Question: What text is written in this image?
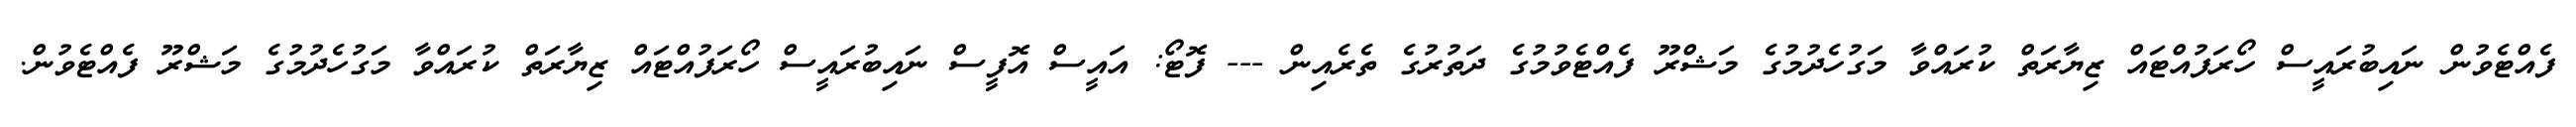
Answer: ފެއްޓެވުން ނައިބުރައީސް ހޯރަފުއްޓައް ޒިޔާރަތް ކުރައްވާ މަގުހެދުމުގެ މަޝްރޫ ފެއްޓެވުމުގެ ދަތުރުގެ ތެރެއިން --- ފޮޓޯ: އައީސް އޮފީސް ނައިބުރައީސް ހޯރަފުއްޓައް ޒިޔާރަތް ކުރައްވާ މަގުހެދުމުގެ މަޝްރޫ ފެއްޓެވުން.